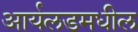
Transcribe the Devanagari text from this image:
आर्यलडमधील